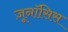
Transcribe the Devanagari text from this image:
ज़ूनॉसिस